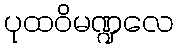
ပုထဝိမဏ္ဍလေ